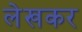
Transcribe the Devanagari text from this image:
लेखकर